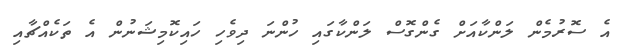
އެ ސޮރުމެން ލަންކާއަށް ގެންގޮސް ލަންކާގައި ހުންނަ ދިވެހި ހައިކޮމިޝަނުން އެ ތަކެއްޗާއި